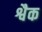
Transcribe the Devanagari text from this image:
श्वैक